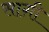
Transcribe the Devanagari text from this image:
साग़ी